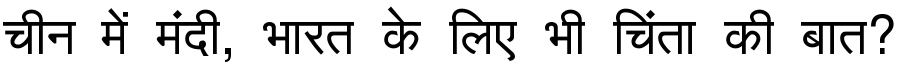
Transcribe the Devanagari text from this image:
चीन में मंदी, भारत के लिए भी चिंता की बात?